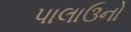
પાલાઉનો